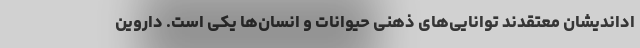
اداندیشان معتقدند توانایی‌های ذهنی حیوانات و انسان‌ها یکی‌ است. داروین